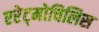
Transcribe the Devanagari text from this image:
एरेट्मोचिलिस